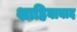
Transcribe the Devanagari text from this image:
शाहिबाबाद